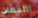
اللقطات